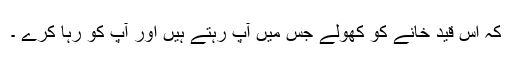
کہ اس قید خانے کو کھولے جس میں آپ رہتے ہیں اور آپ کو رہا کرے ۔